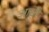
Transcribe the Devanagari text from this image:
आछी